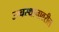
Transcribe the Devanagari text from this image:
उच्चस्थानावरील